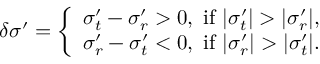
\delta \sigma ^ { \prime } = \left\{ \begin{array} { l } { \sigma _ { t } ^ { \prime } - \sigma _ { r } ^ { \prime } > 0 \mathrm { , ~ i f ~ } | \sigma _ { t } ^ { \prime } | > | \sigma _ { r } ^ { \prime } | , } \\ { \sigma _ { r } ^ { \prime } - \sigma _ { t } ^ { \prime } < 0 \mathrm { , ~ i f ~ } | \sigma _ { r } ^ { \prime } | > | \sigma _ { t } ^ { \prime } | . } \end{array} \right.